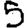
Digit: 5